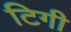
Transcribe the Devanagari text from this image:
टिगी